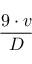
\frac { 9 \cdot v } { D }